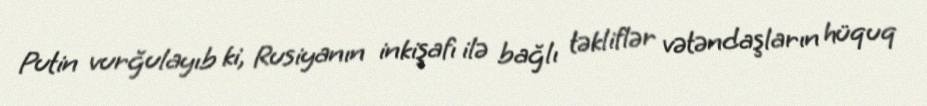
Putin vurğulayıb ki, Rusiyanın inkişafı ilə bağlı təkliflər vətəndaşların hüquq